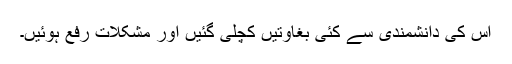
اس کی دانشمندی سے کئی بغاوتیں کچلی گئیں اور مشکلات رفع ہوئیں۔